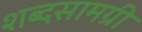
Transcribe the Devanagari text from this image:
शब्दसामग्री